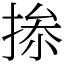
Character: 𢮥